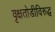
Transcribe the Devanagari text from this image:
वृक्षतोडीविरुद्ध